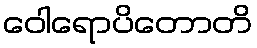
ဝေါရောပိတောတိ